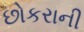
છોકરાની